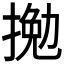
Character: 𢱍